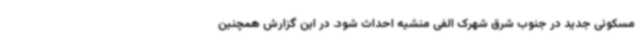
مسکونی جدید در جنوب شرق شهرک الفی منشیه احداث شود. در این گزارش همچنین